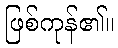
ဖြစ်ကုန်၏။